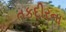
તકદીરના